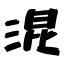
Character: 混